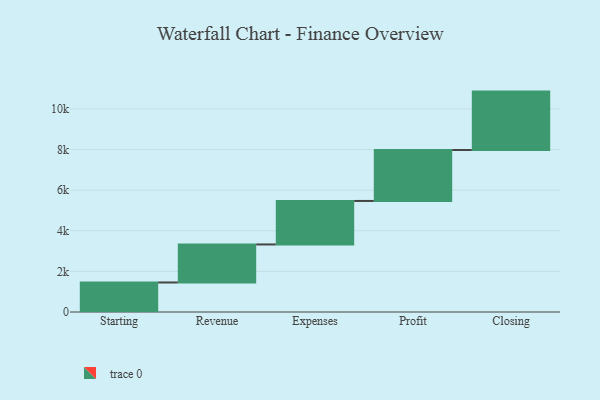
{"axis": {"x": "Step", "y": "Value"}, "legend": [""], "data": [{"x": "Starting", "y": 1454.0, "type": ""}, {"x": "Revenue", "y": 1873.0, "type": ""}, {"x": "Expenses", "y": 2142.0, "type": ""}, {"x": "Profit", "y": 2508.0, "type": ""}, {"x": "Closing", "y": 2878.0, "type": ""}]}